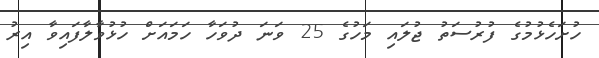
ހުށަހެޅުމުގެ ފުރުސަތު ޖުލައި މަހުގެ 25 ވަނަ ދުވަހާ ހަމައަށް ހުޅުވާލާފައިވާ އިރު